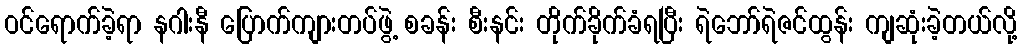
ဝင်ရောက်ခဲ့ရာ နဂါးနီ ပြောက်ကျားတပ်ဖွဲ့ စခန်း စီးနင်း တိုက်ခိုက်ခံရပြီး ရဲဘော်ရဲဇင်ထွန်း ကျဆုံးခဲ့တယ်လို့